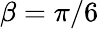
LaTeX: \beta=\pi/6